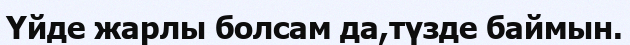
Үйде жарлы болсам да,түзде баймын.